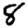
Digit: 8